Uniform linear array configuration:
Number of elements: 24
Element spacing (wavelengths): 1
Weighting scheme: hamming
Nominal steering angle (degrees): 15
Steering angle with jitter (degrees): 15.409
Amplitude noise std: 0.05
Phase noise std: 0.05

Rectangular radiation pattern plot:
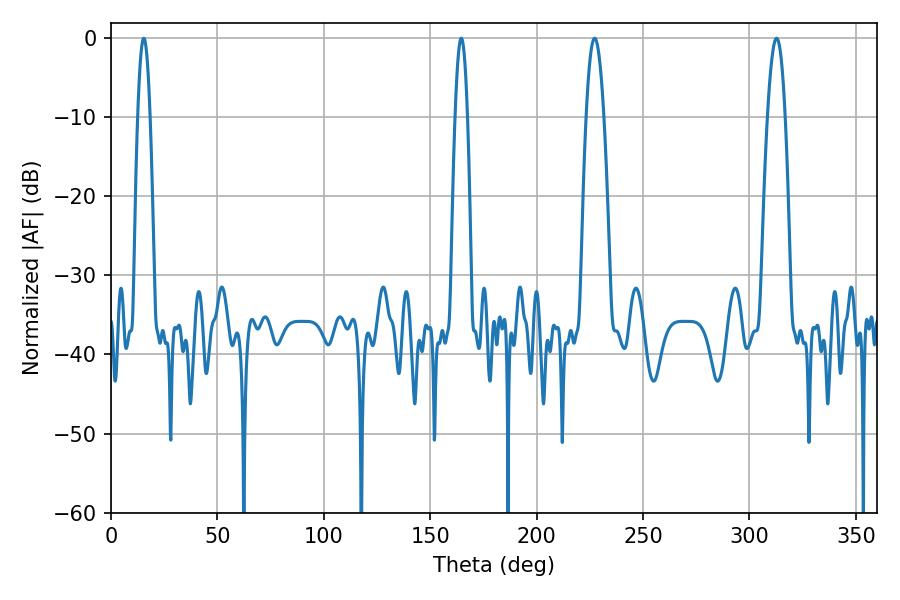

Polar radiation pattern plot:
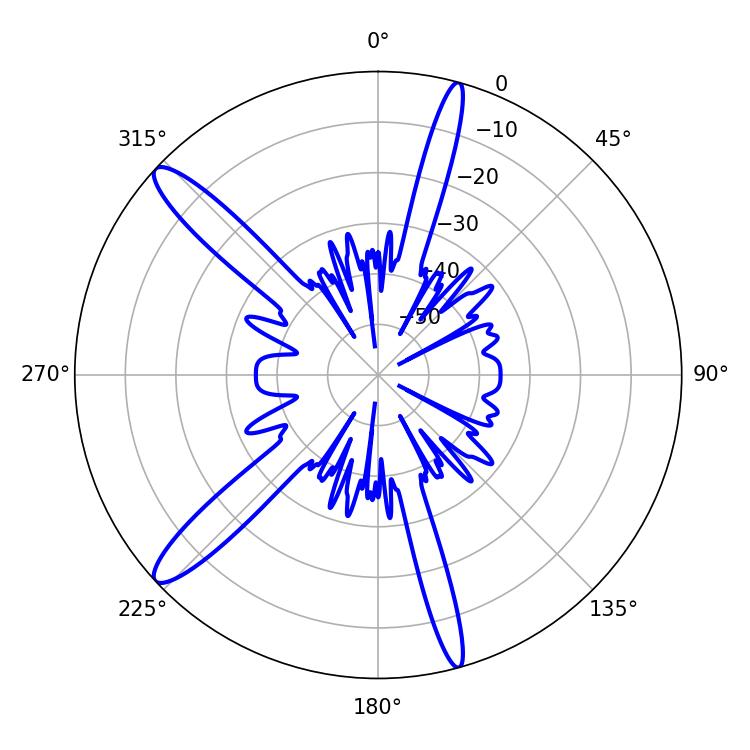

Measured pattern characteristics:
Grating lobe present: TRUE
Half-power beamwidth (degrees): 4.5
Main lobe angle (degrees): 312.66